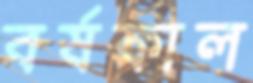
বর্ষকাল